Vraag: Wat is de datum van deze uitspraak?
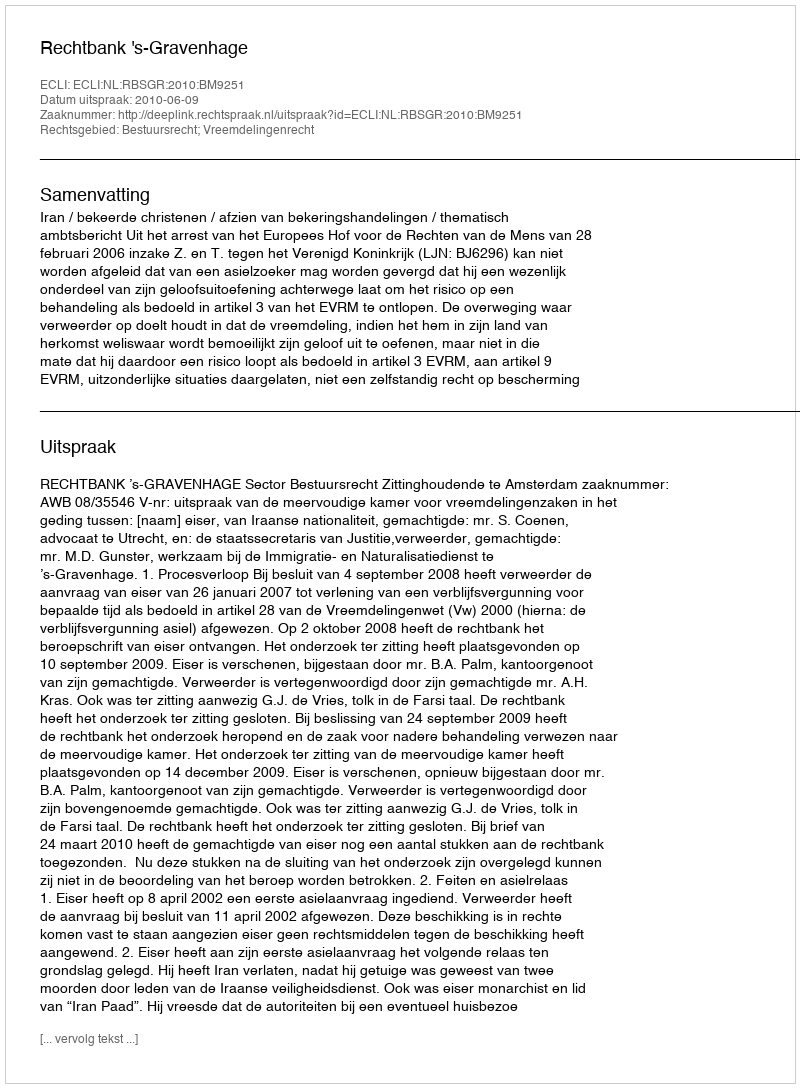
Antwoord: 2010-06-09